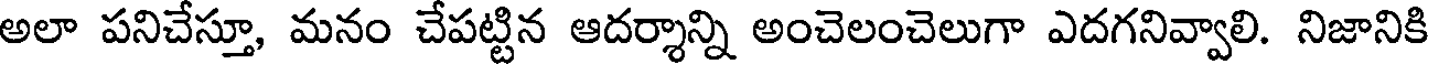
అలా పనిచేస్తూ, మనం చేపట్టిన ఆదర్శాన్ని అంచెలంచెలుగా ఎదగనివ్వాలి. నిజానికి